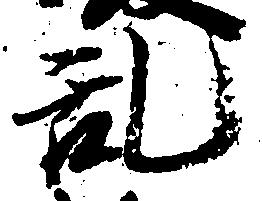
乱